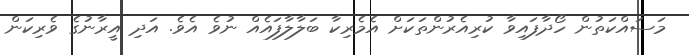
މަސައްކަތުން ހޯދާފައިވާ ކުރިއެރުންތަކަށް އެމެރިކާ ބަލާލާފައެއް ނުވެ އެވެ. އަދި އީރާނުގެ ވެރިކަން